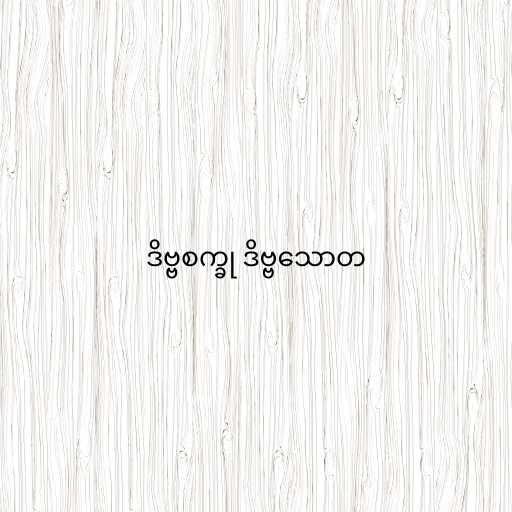
ဒိဗ္ဗစက္ခု ဒိဗ္ဗသောတ